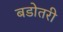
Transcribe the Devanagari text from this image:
बडोतरी